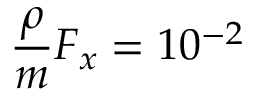
\frac { \rho } { m } F _ { x } = 1 0 ^ { - 2 }